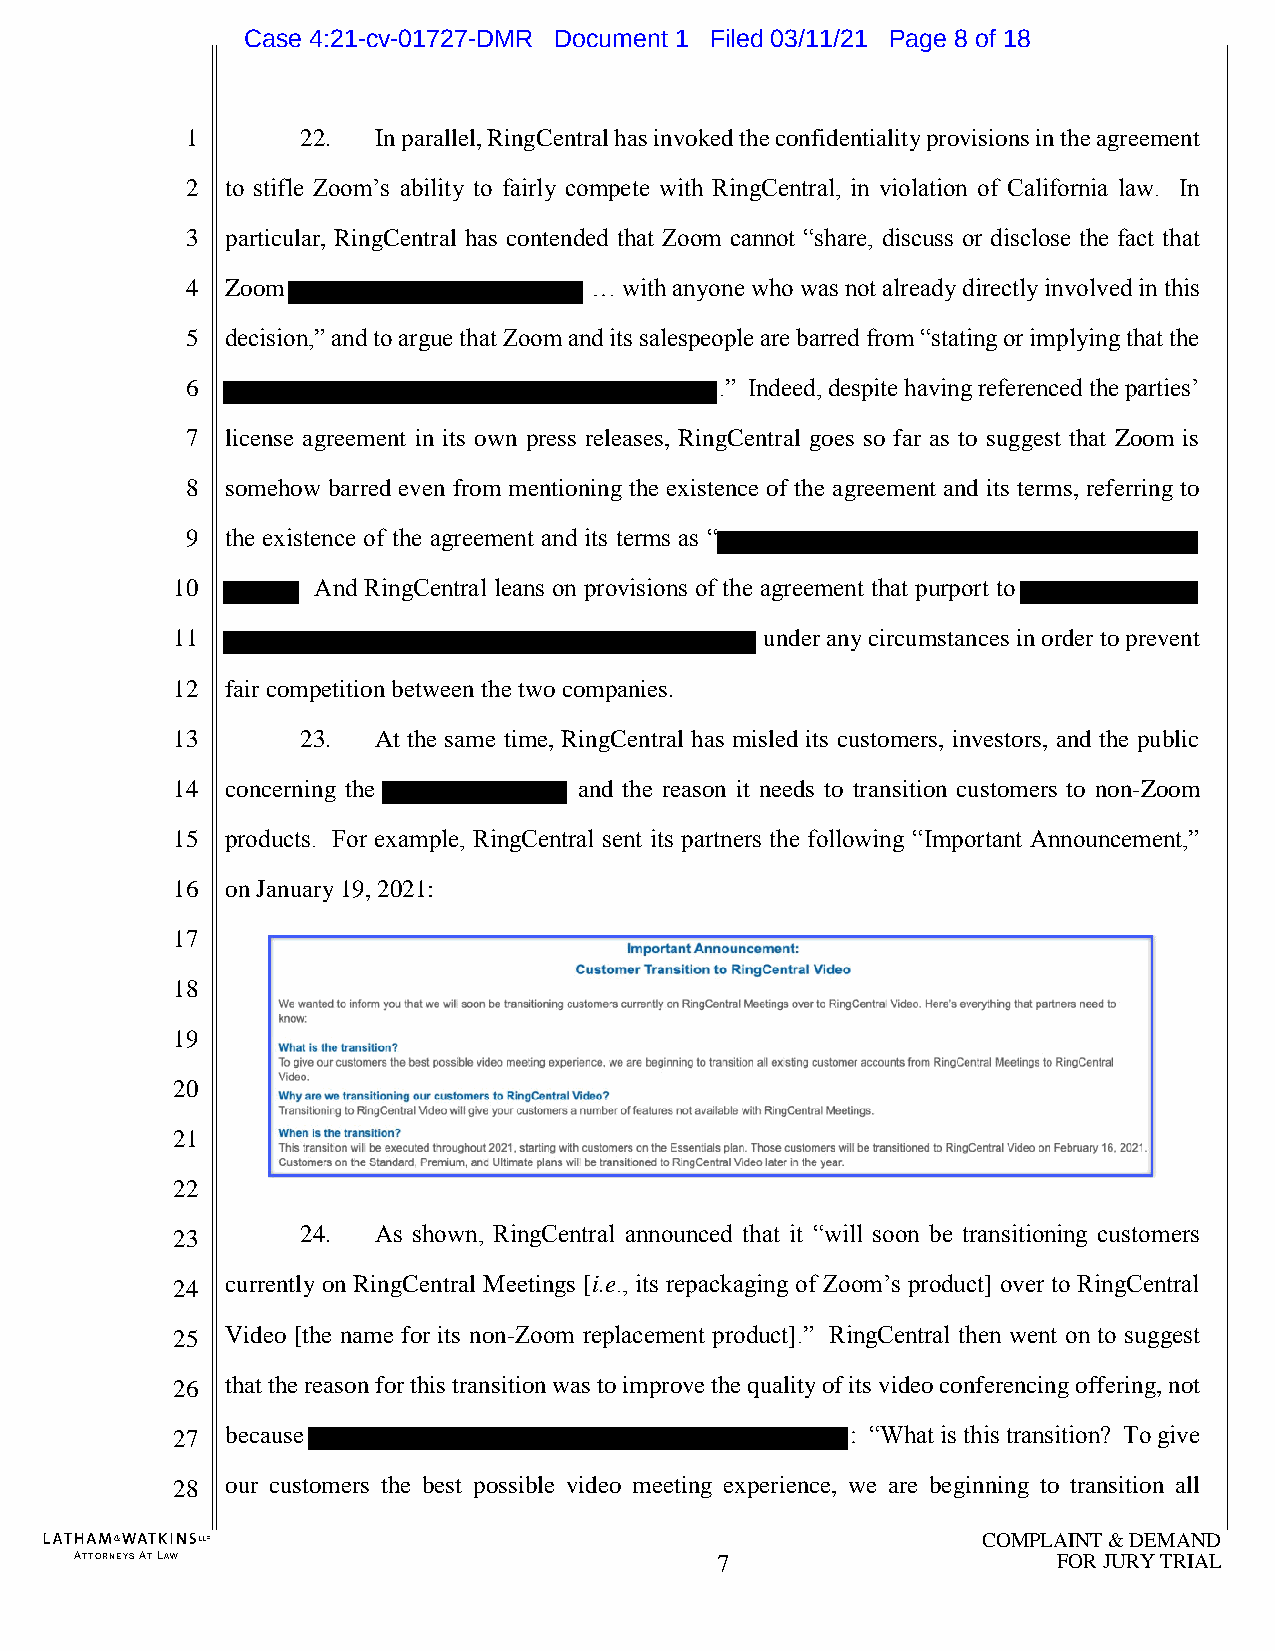
Case 4:21-cv-01727-DMR Document 1 Filed 03/11/21 Page 8 of 18
 1       22.  In parallel, RingCentral has invoked the confidentiality provisions in the agreement
 2  to stifle Zoom’s ability to fairly compete with RingCentral, in violation of California law. In
 3  particular, RingCentral has contended that Zoom cannot “share, discuss or disclose the fact that
 4  Zoom                    … with anyone who was not already directly involved in this
 5  decision,” and to argue that Zoom and its salespeople are barred from “stating or implying that the
 6                                   .” Indeed, despite having referenced the parties’
 7  license agreement in its own press releases, RingCentral goes so far as to suggest that Zoom is
 8  somehow barred even from mentioning the existence of the agreement and its terms, referring to
 9  the existence of the agreement and its terms as “
 10        And RingCentral leans on provisions of the agreement that purport to
 11                                      under any circumstances in order to prevent
 12  fair competition between the two companies.
 13       23.  At the same time, RingCentral has misled its customers, investors, and the public
 14  concerning the         and the reason it needs to transition customers to non-Zoom
 15  products. For example, RingCentral sent its partners the following “Important Announcement,”
 16  on January 19, 2021:
 17
 18
 19
 20
 21
 22
 23       24.  As shown, RingCentral announced that it “will soon be transitioning customers
 24  currently on RingCentral Meetings [i.e., its repackaging of Zoom’s product] over to RingCentral
 25  Video [the name for its non-Zoom replacement product].” RingCentral then went on to suggest
 26  that the reason for this transition was to improve the quality of its video conferencing offering, not
 27  because                                  : “What is this transition? To give
 28  our customers the best possible video meeting experience, we are beginning to transition all
 COMPLAINT & DEMAND
 ATTORNEYS AT LAW                          7                      FOR JURY TRIAL